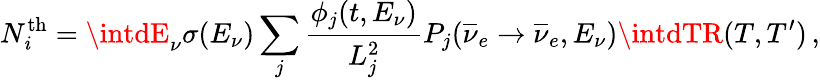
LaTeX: N_{\mathit{i}}^{\mathrm{{th}}}=\intdE_{\nu}\sigma(E_{\nu})\sum_{j}\frac{{\phi_{j}(t,E_{\nu})}}{{L_{j}^{2}}}P_{j}({\overline{{{\nu}}}}_{e}\rightarrow{\overline{{{\nu}}}}_{e},E_{\nu})\intdTR(T,T^{\prime})\, ,